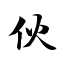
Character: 伙